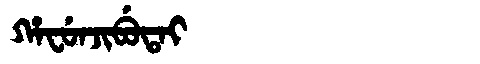
Manchu: ᡥᠠᠸᡠᠨᠵᡳᠪᡠᡨᠠᡳ
Romanization: HAFUNJIBUTAI